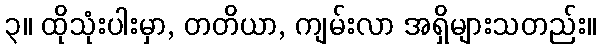
၃။ ထိုသုံးပါးမှာ, တတိယာ, ကျမ်းလာ အရှိများသတည်း။